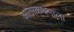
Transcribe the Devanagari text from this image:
आत्मकथनाला